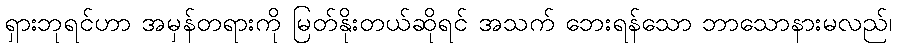
ရှားဘုရင်ဟာ အမှန်တရားကို မြတ်နိုးတယ်ဆိုရင် အသက် ဘေးရန်သော ဘာသောနားမလည်၊